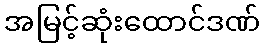
အမြင့်ဆုံးထောင်ဒဏ်